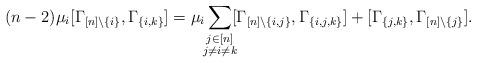
LaTeX: \begin{align*}(n-2)\mu_i[\Gamma_{[n]\setminus \{i\}}, \Gamma_{\{i,k\}}]=\mu_i\smashoperator{\sum_{\substack{j\in [n]\\ j\neq i\neq k}}}[\Gamma_{[n]\setminus \{i,j\}}, \Gamma_{\{i,j,k\}}]+[\Gamma_{\{j,k\}},\Gamma_{[n]\setminus \{j\}}].\end{align*}